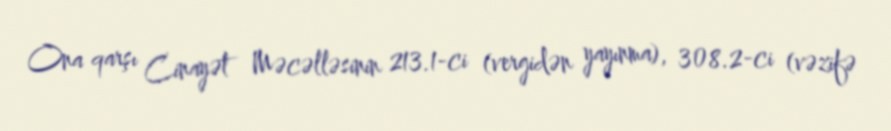
Ona qarşı Cinayət Məcəlləsinin 213.1-ci (vergidən yayınma), 308.2-ci (vəzifə